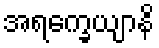
အရက္ခေယျာနိ